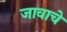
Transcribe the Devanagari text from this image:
जावाचे